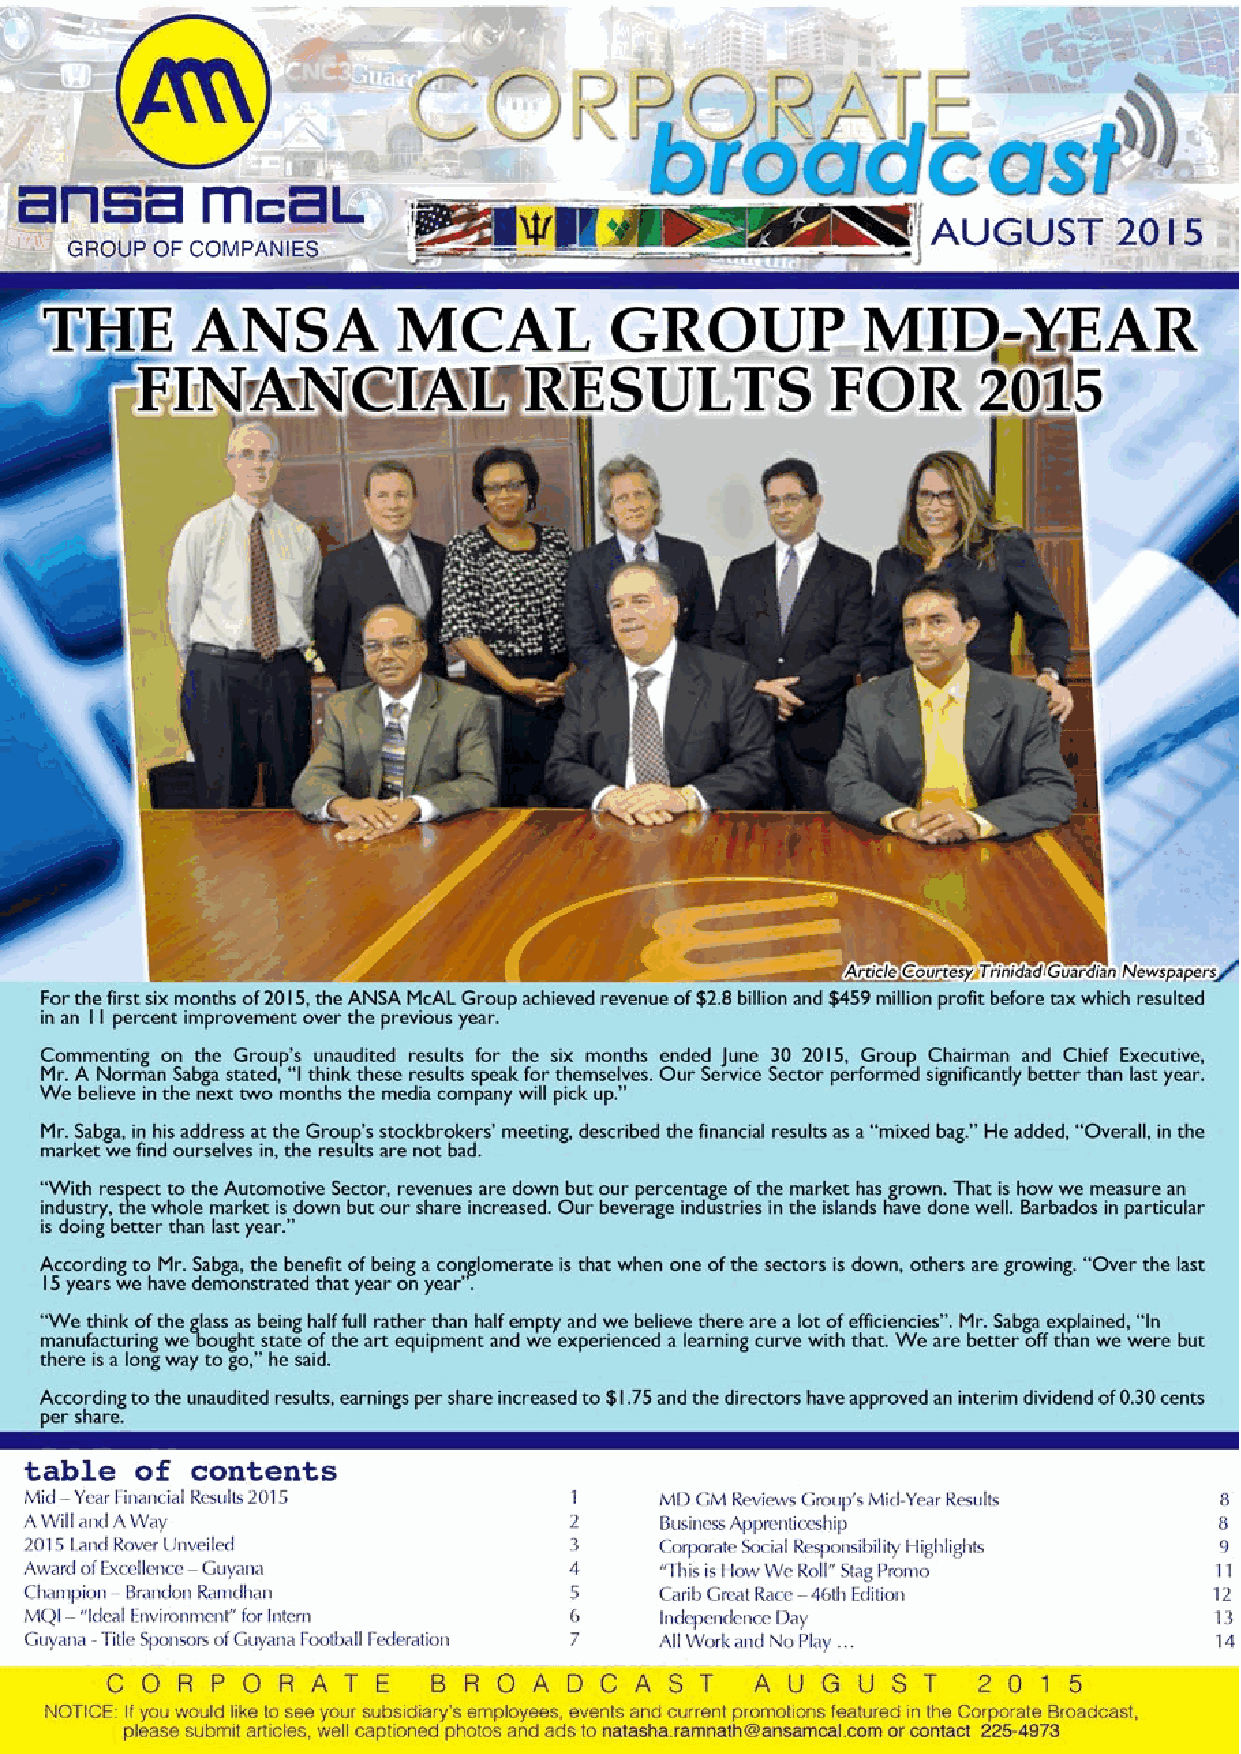
CORPORATE BROADCAST AUGUST 2015                                     1